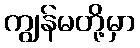
ကျွန်မတို့မှာ